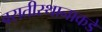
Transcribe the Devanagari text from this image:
वसतीस्थानाकडे